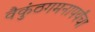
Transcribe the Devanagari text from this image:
वैकुंठगमनापर्यंचा